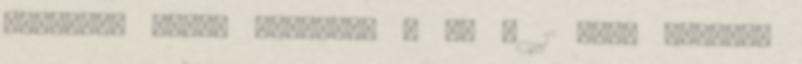
Őfelsége Mária királynő : Az e 1 Oláh András: